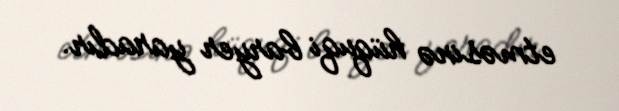
etməsinə hüquqi baryer yaradır.